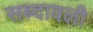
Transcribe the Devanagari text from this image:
सब्दावली